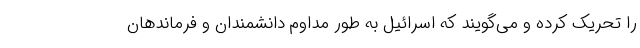
را تحریک کرده و می‌گویند که اسرائیل به طور مداوم دانشمندان و فرماندهان